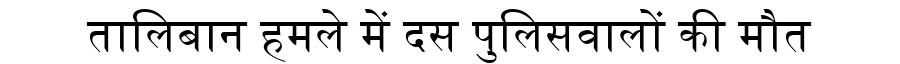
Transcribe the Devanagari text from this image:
तालिबान हमले में दस पुलिसवालों की मौत